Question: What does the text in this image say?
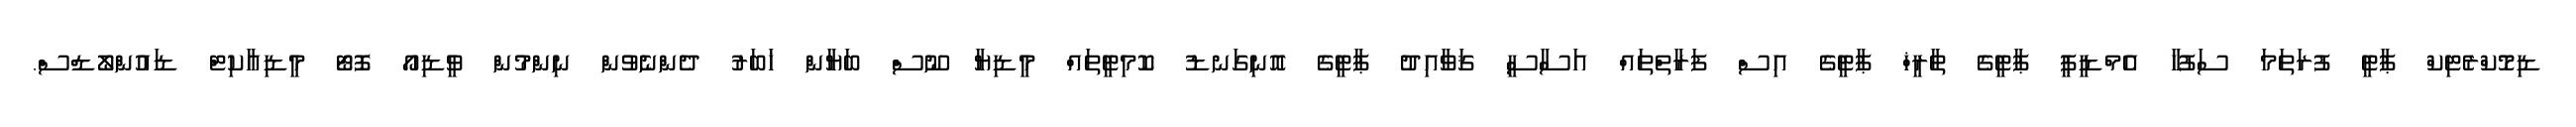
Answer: ޑިމޮކްރެޓިކް ޕާޓީ ފުރަތަމަ ސަފުހާ އެމްޑީޕީ ޕާޓީގެ ތާރީޚް ޕާޓީގެ އިސް ފަރާތްތައް އަސާސީ ޤަވާއިދު ޕާޓީގެ އޮނިގަނޑު ކޮމިޓީތައް މީޑިޔާ ނޫސް ބަޔާން ޚަބަރު ދެންނެވުން ނިންމުން ވީޑިއޯ ފޮޓޯ މީޑިއާކިޓް ޑައުންލޯޑްސް.